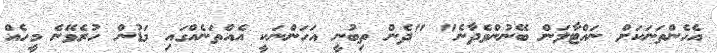
އެހެންތަނަކަށް ނައްޓާލަން ބޭނުންވެދާނެ" "ދެން ތިބުނީ އަހަންނަކީ އެއްތަނެއްގައި މަޑުން ހުރެވޭނެ މީހެއް